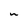
Character: w